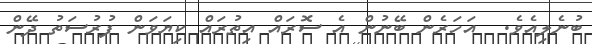
ބުނެލިއެވެ.  އަހަރެން ބޭނުން އެ ސޮރައް އިތުރައް ކިޔަވަން ފުރުސަތު ދޭން